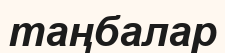
таңбалар